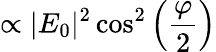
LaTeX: \propto|E_{0}|^{2}\cos^{2}\left(\frac{\varphi}{2}\right)